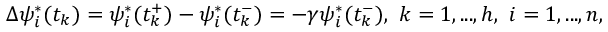
\Delta \psi _ { i } ^ { * } ( t _ { k } ) = \psi _ { i } ^ { * } ( t _ { k } ^ { + } ) - \psi _ { i } ^ { * } ( t _ { k } ^ { - } ) = - \gamma \psi _ { i } ^ { * } ( t _ { k } ^ { - } ) , \ k = 1 , . . . , h , \ i = 1 , . . . , n ,